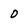
Character: 0